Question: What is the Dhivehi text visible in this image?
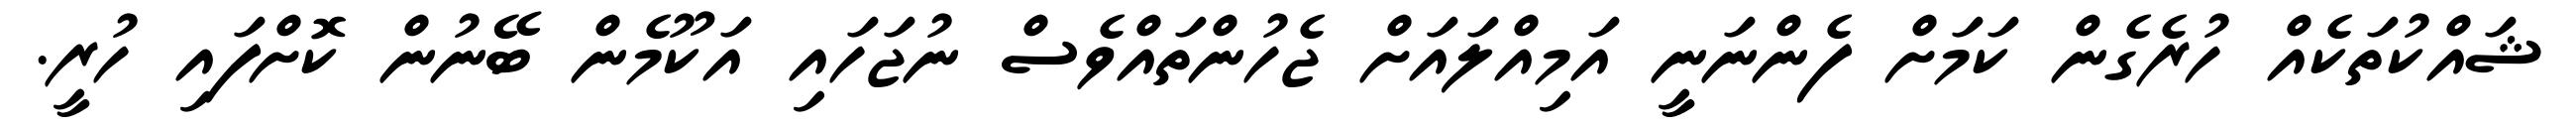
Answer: ޝައްކުތަކެއް ހުރެގެން ކަމަށް ފެންނަނީ އަމިއްލައަށް ޖެހުންތައްވެސް ނުޖަހައި އަކޫމެން ބޭނުން ކޮށްފައި ހުރީ.